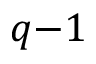
q { - } 1